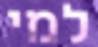
למי